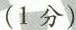
(1分)